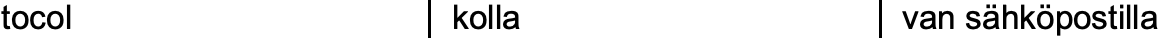
tocol         kolla          van sähköpostilla